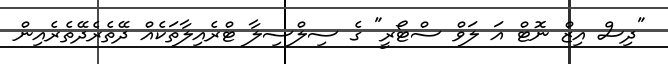
"ދިސް އިޒް ނޮޓް އަ ލަވް ސްޓޯރީ" ގެ ސިލްސިލާ ޓްރެއިލާތަކެއް ދޭތެރެދޭތެރެއިން